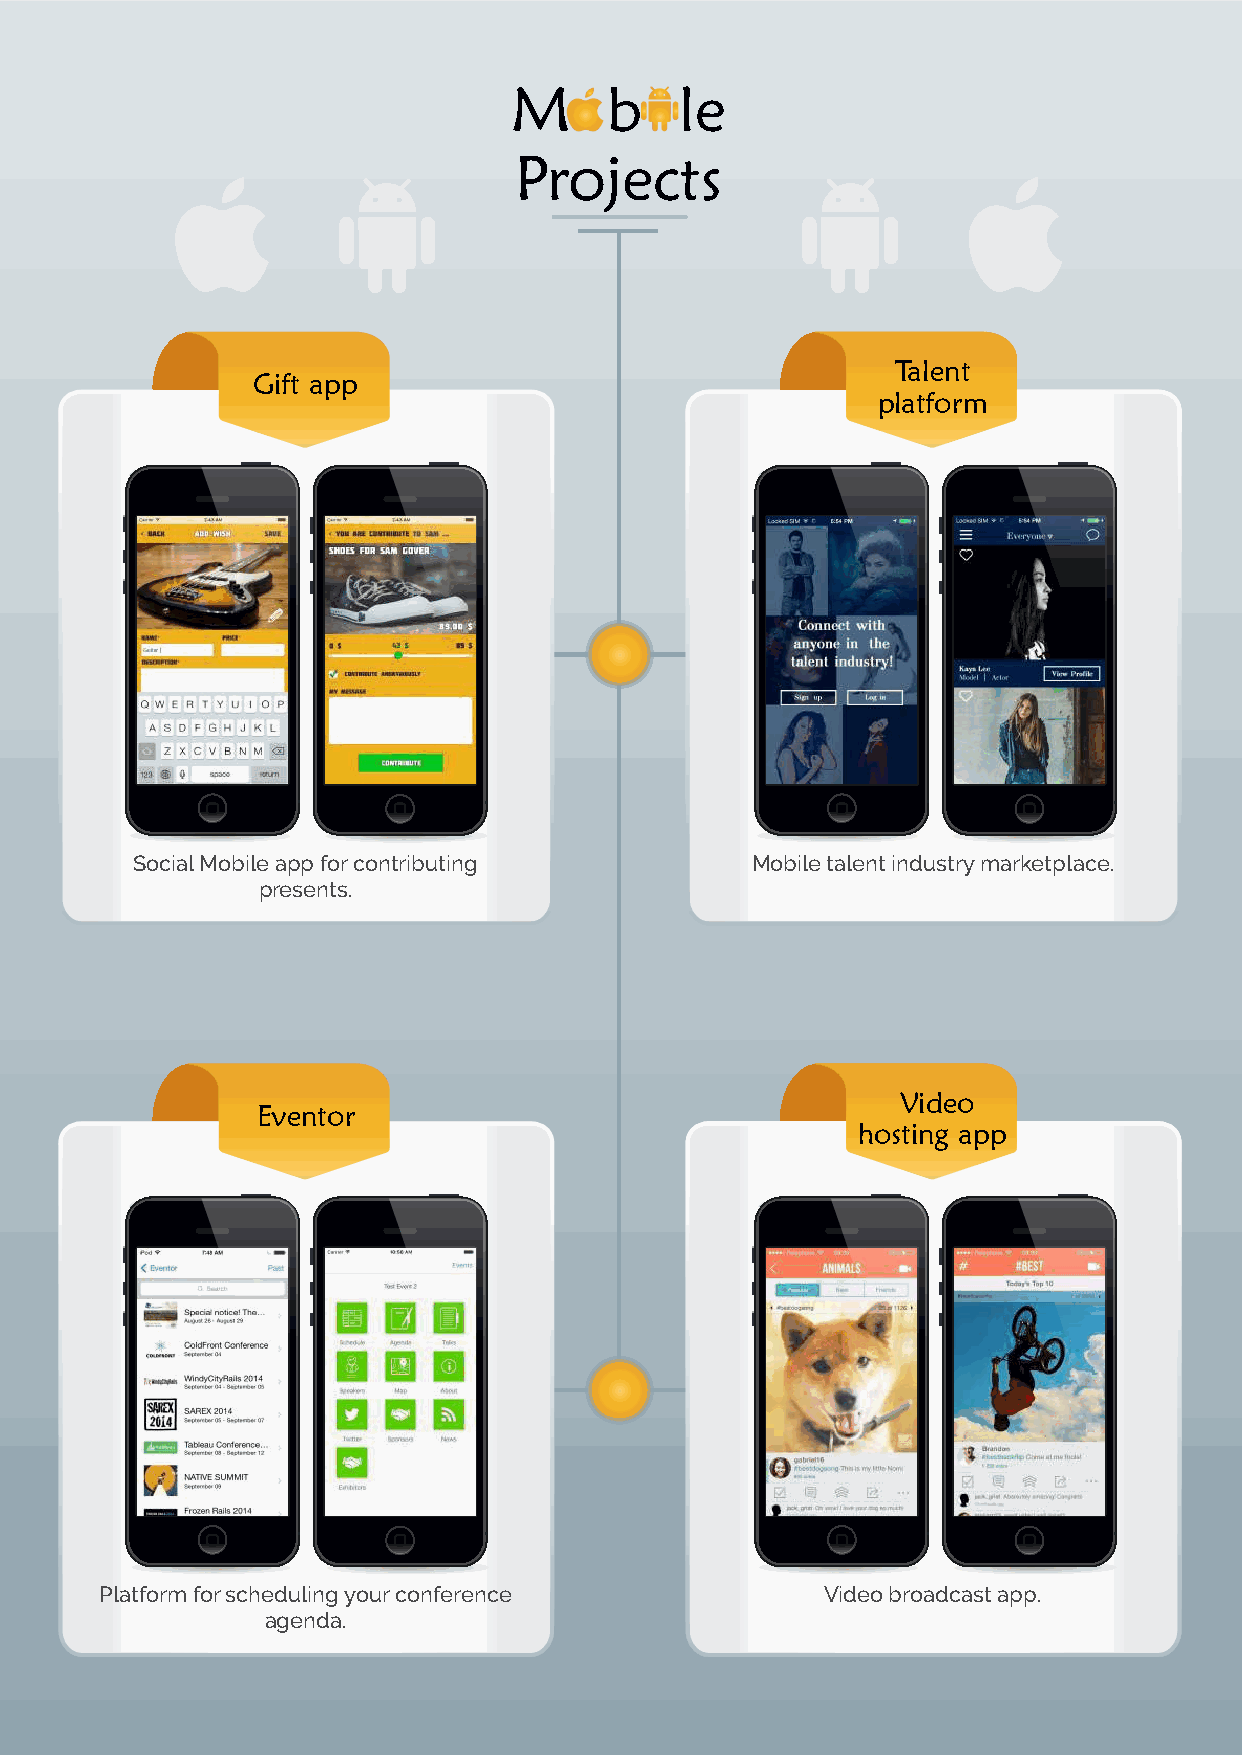
Mobile Projects                   M     b    le
 Projects
 Time
 Talent
 Gift app                                 Tracking
 platform
 Plugin
 Social Mobile app for contributing     AdMdo-obnil ed teafilneenst itnhdeu wstoryrk mloagr kpeotlpicliaecse f.or
 presents.                       individual users or groups, enforcing
 Time
 Video
 Eventor                                  Tracking
 hosting app
 Plugin
 Platform for scheduling your conference  Add-on dVeifidneeos bthroea wdcoarkslto agp ppo. licies for
 agenda.                        individual users or groups, enforcing